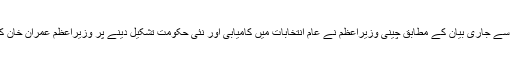
وزیراعظم آفس سے جاری بیان کے مطابق چینی وزیراعظم نے عام انتخابات میں کامیابی اور نئی حکومت تشکیل دینے پر وزیراعظم عمران خان کو مبارکباد دی۔